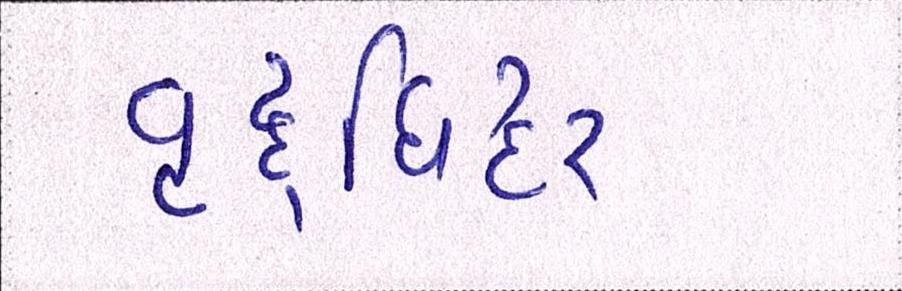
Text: વૃદ્ધિદર